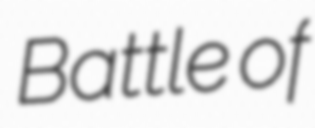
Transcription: Battle of